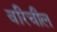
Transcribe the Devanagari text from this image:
वरिचील